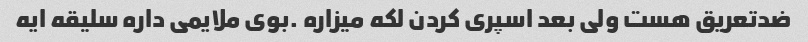
ضدتعریق هست ولی بعد اسپری کردن لکه میزاره .بوی ملایمی داره سلیقه ایه